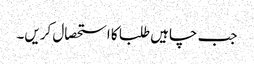
جب چاہیں طلبا کا استحصال کریں۔